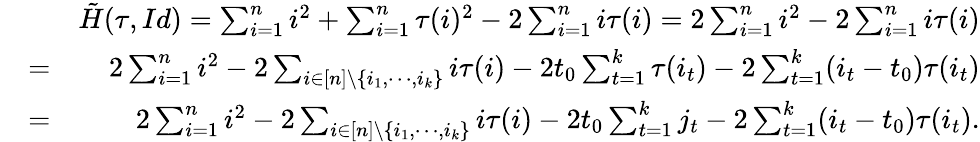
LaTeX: \begin{array}{rlr}&{}&{\tilde{H}(\tau,Id)=\sum_{i=1}^{n}i^{2}+\sum_{i=1}^{n}\tau(i)^{2}-2\sum_{i=1}^{n}i\tau(i)=2\sum_{i=1}^{n}i^{2}-2\sum_{i=1}^{n}i\tau(i)}\\ &{=}&{2\sum_{i=1}^{n}i^{2}-2\sum_{i\in[n]\backslash\{ i_{1},\cdots,i_{k}\} }i\tau(i)-2t_{0}\sum_{t=1}^{k}\tau(i_{t})-2\sum_{t=1}^{k}(i_{t}-t_{0})\tau(i_{t})}\\ &{=}&{2\sum_{i=1}^{n}i^{2}-2\sum_{i\in[n]\backslash\{ i_{1},\cdots,i_{k}\} }i\tau(i)-2t_{0}\sum_{t=1}^{k}j_{t}-2\sum_{t=1}^{k}(i_{t}-t_{0})\tau(i_{t}).}\end{array}